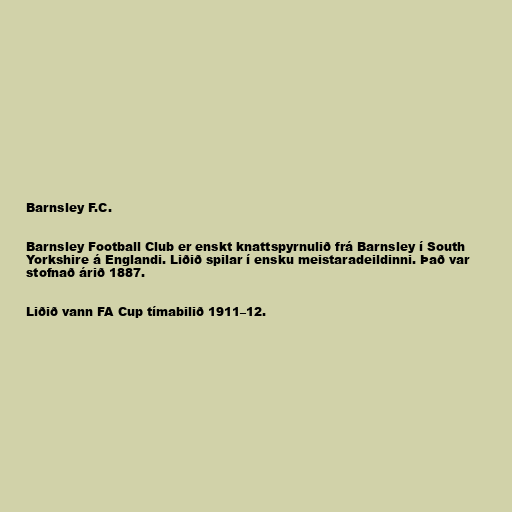
Barnsley F.C.

Barnsley Football Club er enskt knattspyrnulið frá Barnsley í South
Yorkshire á Englandi. Liðið spilar í ensku meistaradeildinni. Það var
stofnað árið 1887.

Liðið vann FA Cup tímabilið 1911–12.